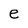
Character: e